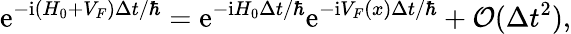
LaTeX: \mathrm{e}^{-\mathrm{i}(H_{0}+V_{F})\Delta t/\hbar}=\mathrm{e}^{-\mathrm{i}H_{0}\Delta t/\hbar}\mathrm{e}^{-\mathrm{i}V_{F}(x)\Delta t/\hbar}+\mathcal{O}(\Delta t^{2}),